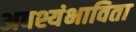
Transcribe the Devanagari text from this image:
अवश्यंभाविता